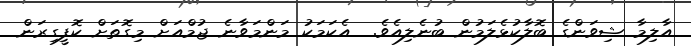
އާލިމާ ޝިވަންގެ ބޮލާކުޅެލަމުން ބުނެލިއެވެ.  އެކަމަކު މަންމަވާނެ ޖުމްއަށް މިގޮތަށް ކޮފީގިރަން